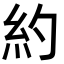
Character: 約